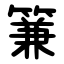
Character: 䈴